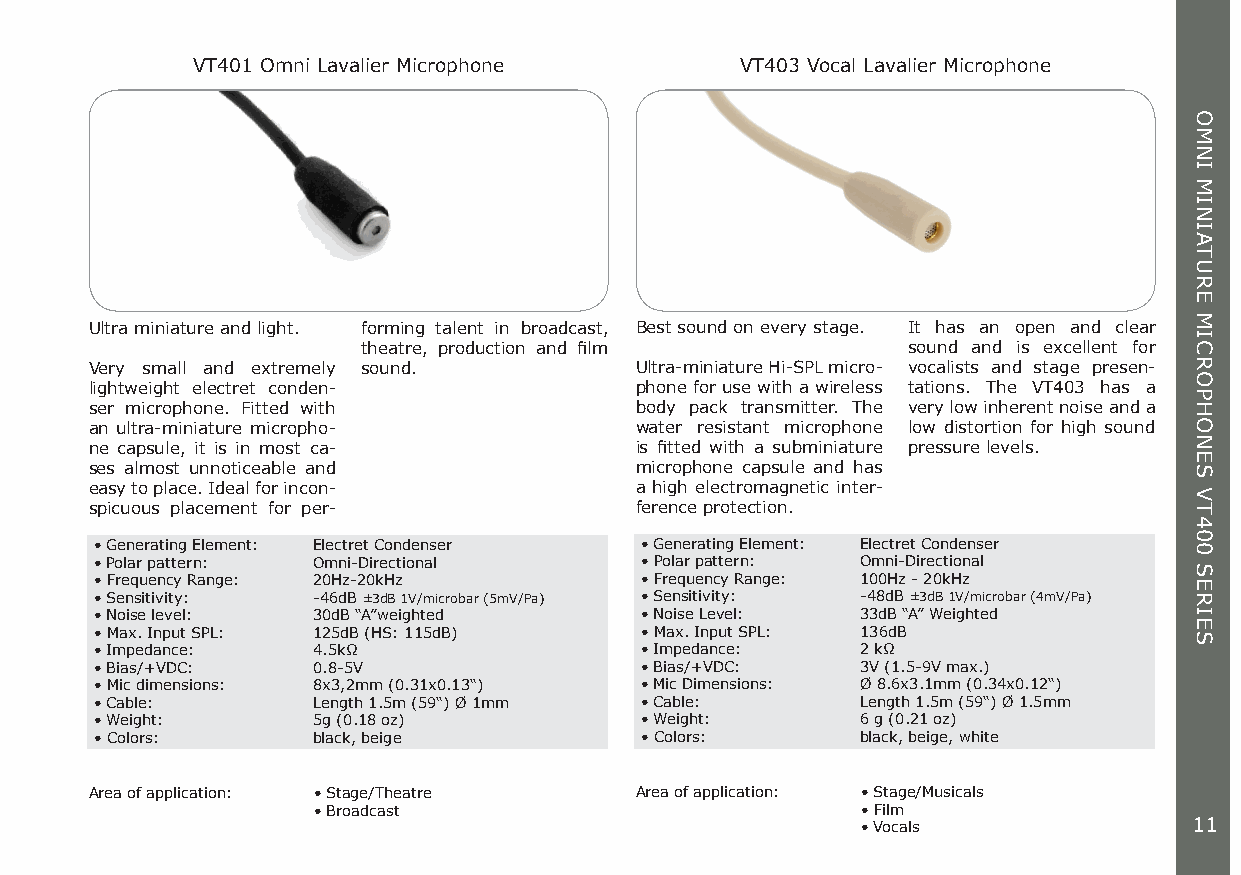
VT401 Omni Lavalier Microphone      VT403 Vocal Lavalier Microphone
 Ultra miniature and light. forming talent in broadcast, Best sound on every stage. It has an open and clear
 theatre, production and film        sound and is excellent for
 Very small and extremely sound.     Ultra-miniature Hi-SPL micro- vocalists and stage presen-
 lightweight electret conden-        phone for use with a wireless tations. The VT403 has a
 ser microphone. Fitted with         body pack transmitter. The very low inherent noise and a
 an ultra-miniature micropho-        water resistant microphone low distortion for high sound
 ne capsule, it is in most ca-       is fitted with a subminiature pressure levels.
 ses almost unnoticeable and         microphone capsule and has
 easy to place. Ideal for incon-     a high electromagnetic inter-
 spicuous placement for per-         ference protection.
 • Generating Element: Electret Condenser • Generating Element: Electret Condenser
 • Polar pattern: Omni-Directional   • Polar pattern: Omni-Directional
 • Frequency Range: 20Hz-20kHz       • Frequency Range: 100Hz - 20kHz
 • Sensitivity: -46dB ±3dB 1V/microbar (5mV/Pa) • Sensitivity: -48dB ±3dB 1V/microbar (4mV/Pa)
 • Noise level: 30dB “A”weighted     • Noise Level: 33dB “A” Weighted
 • Max. Input SPL: 125dB (HS: 115dB) • Max. Input SPL: 136dB
 • Impedance:   4.5kΩ                • Impedance:   2 kΩ
 • Bias/+VDC:   0.8-5V               • Bias/+VDC:   3V (1.5-9V max.)
 • Mic dimensions: 8x3,2mm (0.31x0.13“) • Mic Dimensions: Ø 8.6x3.1mm (0.34x0.12“)
 • Cable:       Length 1.5m (59“) Ø 1mm • Cable:    Length 1.5m (59“) Ø 1.5mm
 • Weight:      5g (0.18 oz)         • Weight:      6 g (0.21 oz)
 • Colors:      black, beige         • Colors:      black, beige, white
 Area of application: • Stage/Theatre Area of application: • Stage/Musicals
 • Broadcast                         • Film
 • Vocals              11
 OMNI
 MINIATURE
 MICROPHONES
 VT400
 SERIES